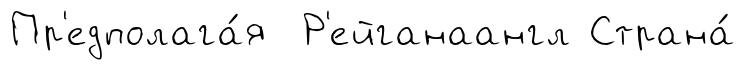
Пр'едполага́я Р'ейганаангл Страна́